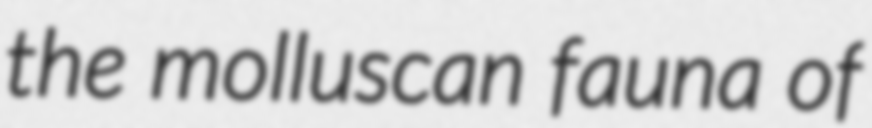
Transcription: the molluscan fauna of